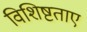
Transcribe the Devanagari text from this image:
विशिष्टताए